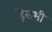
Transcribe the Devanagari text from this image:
हैसभी